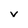
Character: v